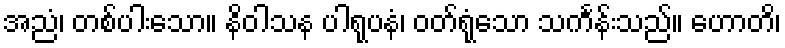
အညံ၊ တစ်ပါးသော။ နိဝါသန ပါရုပနံ၊ ဝတ်ရုံသော သင်္ကန်းသည်။ ဟောတိ၊